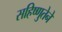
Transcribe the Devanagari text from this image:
सहिष्णुतेने